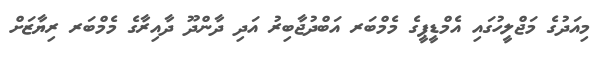
މިއަދުގެ މަޖްލީހުގައި އެމްޑީޕީގެ މެމްބަރ އަބްދުޖާބިރު އަދި ދާންދޫ ދާއިރާގެ މެމްބަރ ރިޔާޒަށް